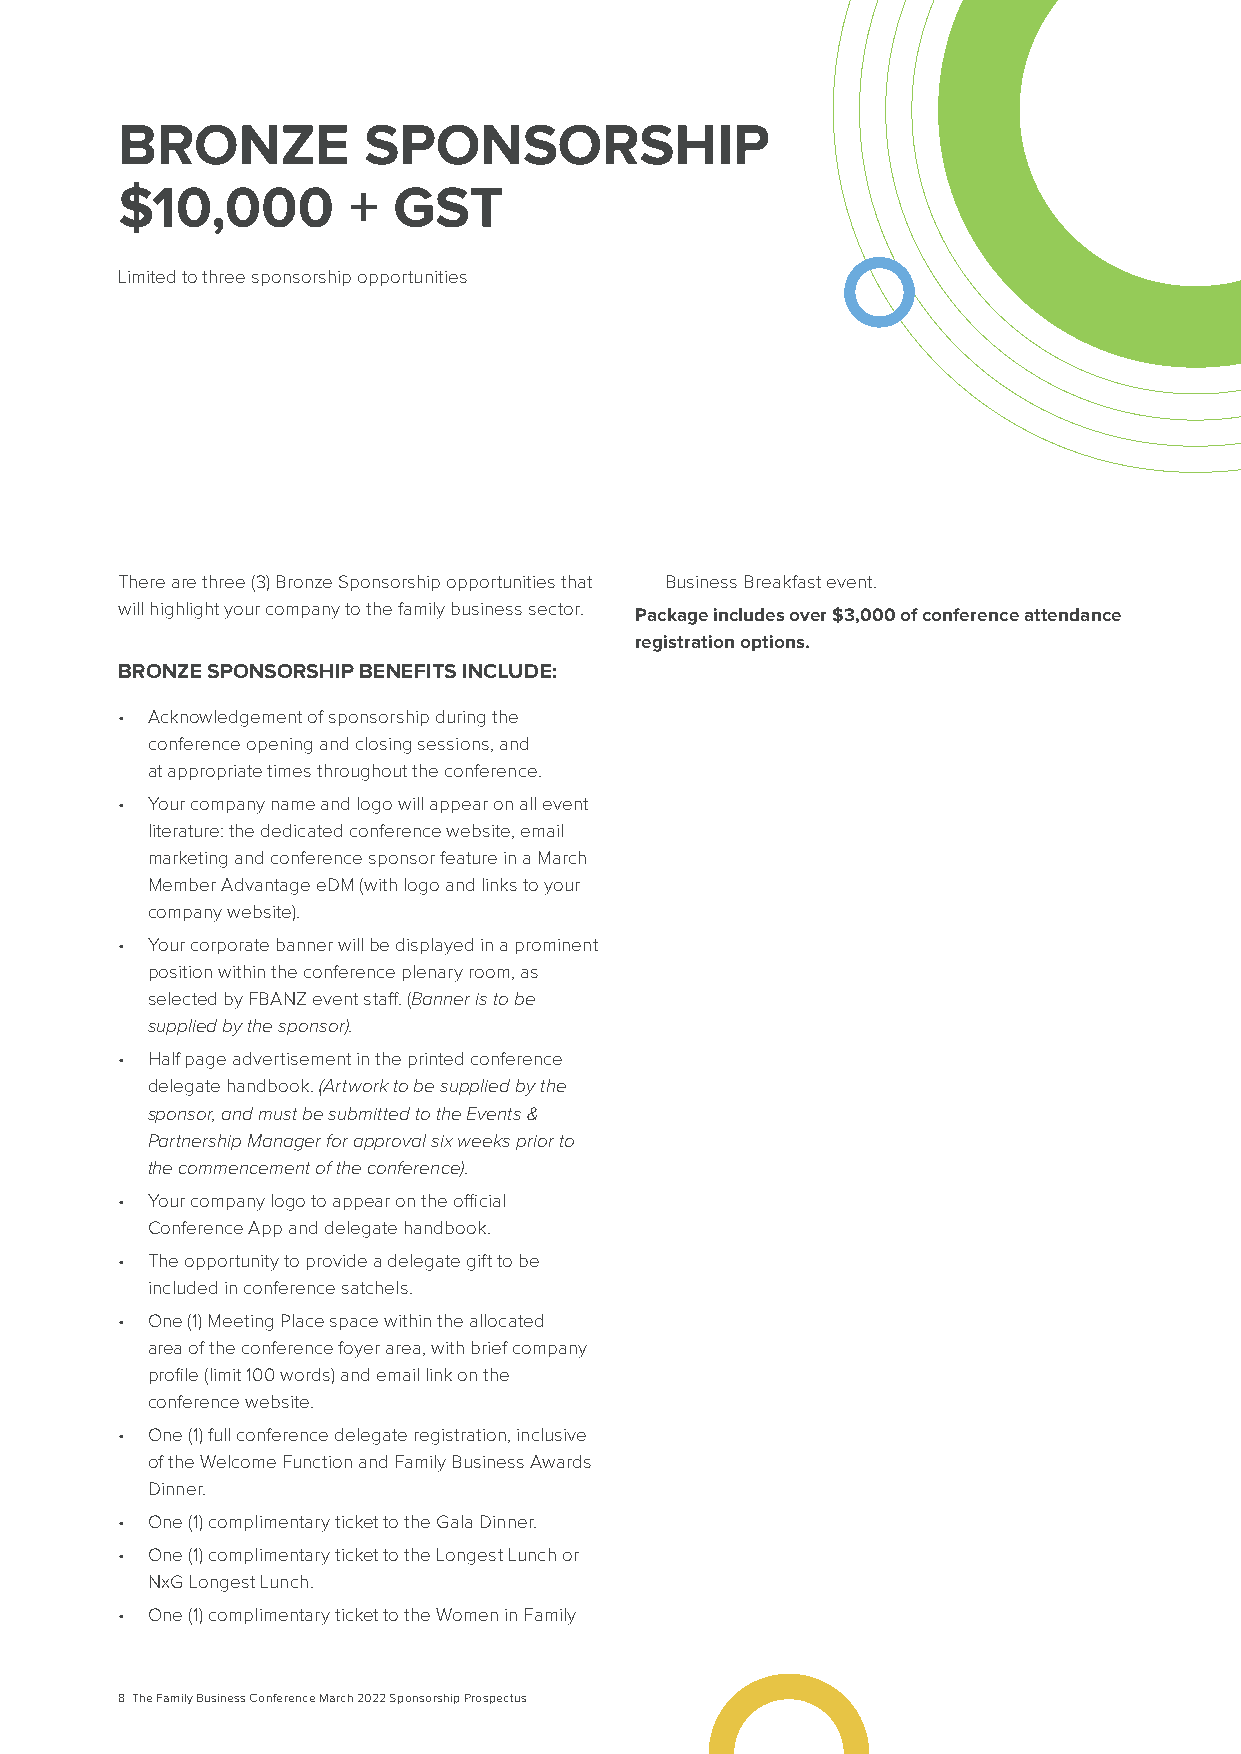
BRONZE          SPONSORSHIP
 $10,000        +  GST
 Limited to three sponsorship opportunities
 There are three (3) Bronze Sponsorship opportunities that Business Breakfast event.
 will highlight your company to the family business sector. Package includes over $3,000 of conference attendance
 registration options.
 BRONZE SPONSORSHIP BENEFITS INCLUDE:
 • Acknowledgement of sponsorship during the
 conference opening and closing sessions, and
 at appropriate times throughout the conference.
 • Your company name and logo will appear on all event
 literature: the dedicated conference website, email
 marketing and conference sponsor feature in a March
 Member Advantage eDM (with logo and links to your
 company website).
 • Your corporate banner will be displayed in a prominent
 position within the conference plenary room, as
 selected by FBANZ event staff. (Banner is to be
 supplied by the sponsor).
 • Half page advertisement in the printed conference
 delegate handbook. (Artwork to be supplied by the
 sponsor, and must be submitted to the Events &
 Partnership Manager for approval six weeks prior to
 the commencement of the conference).
 • Your company logo to appear on the official
 Conference App and delegate handbook.
 • The opportunity to provide a delegate gift to be
 included in conference satchels.
 • One (1) Meeting Place space within the allocated
 area of the conference foyer area, with brief company
 profile (limit 100 words) and email link on the
 conference website.
 • One (1) full conference delegate registration, inclusive
 of the Welcome Function and Family Business Awards
 Dinner.
 • One (1) complimentary ticket to the Gala Dinner.
 • One (1) complimentary ticket to the Longest Lunch or
 NxG Longest Lunch.
 • One (1) complimentary ticket to the Women in Family
 8 The Family Business Conference March 2022 Sponsorship Prospectus